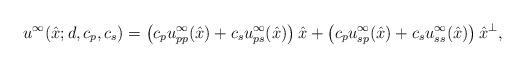
LaTeX: \begin{align*}u^{\infty} (\hat{x}; d, c_p, c_s) = \left(c_p u^{\infty}_{pp}(\hat{x}) + c_s u^{\infty}_{ps}(\hat{x})\right) \hat{x} + \left(c_p u^{\infty}_{sp}(\hat{x}) + c_s u^{\infty}_{ss}(\hat{x})\right)\hat{x}^{\perp},\end{align*}